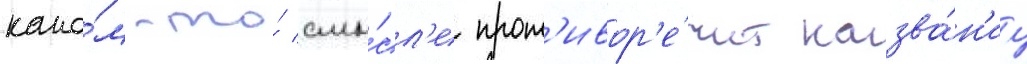
како́м-то́ смы́сл'е прот'ивор'е́чит назва́н'иу